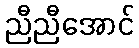
ညီညီအောင်